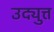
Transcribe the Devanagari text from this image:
उद्युत्त